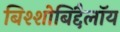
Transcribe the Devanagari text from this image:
बिश्शोबिद्दैलॉय